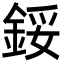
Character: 鋖